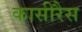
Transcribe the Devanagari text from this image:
कासीरैस